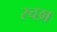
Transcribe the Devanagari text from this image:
रच्छा